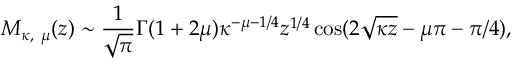
M _ { \kappa , \ \mu } ( z ) \sim { \frac { 1 } { \sqrt { \pi } } } \Gamma ( 1 + 2 \mu ) \kappa ^ { - \mu - 1 / 4 } z ^ { 1 / 4 } \cos ( 2 \sqrt { \kappa z } - \mu \pi - \pi / 4 ) ,